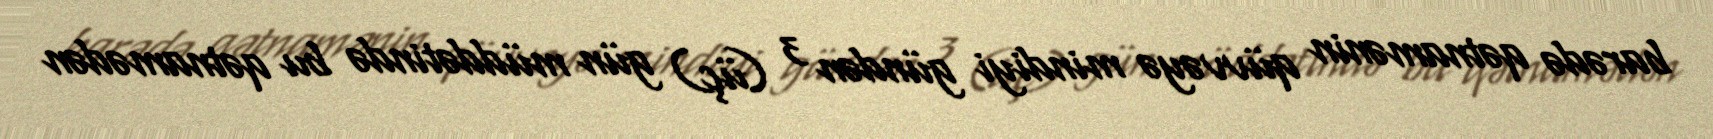
barədə qətnamənin qüvvəyə mindiyi gündən 3 (üç) gün müddətində bu qətnamədən